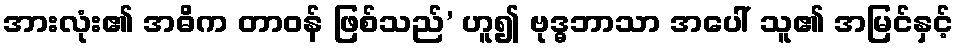
အားလုံး၏ အဓိက တာဝန် ဖြစ်သည်’ ဟူ၍ ဗုဒ္ဓဘာသာ အပေါ် သူ၏ အမြင်နှင့်